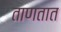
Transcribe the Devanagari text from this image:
ताणतात